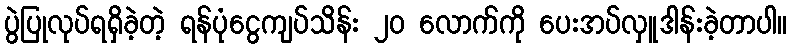
ပွဲပြုလုပ်ရရှိခဲ့တဲ့ ရန်ပုံငွေကျပ်သိန်း ၂၀ လောက်ကို ပေးအပ်လှူဒါန်းခဲ့တာပါ။